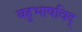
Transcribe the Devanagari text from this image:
बहुभाषविद्